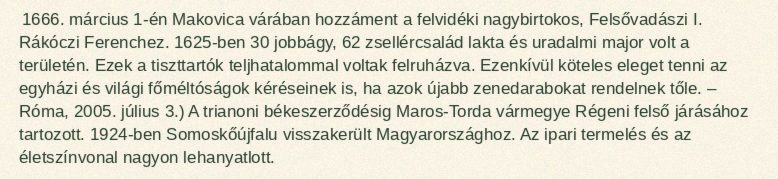
1666. március 1-én Makovica várában hozzáment a felvidéki nagybirtokos, Felsővadászi I. Rákóczi Ferenchez. 1625-ben 30 jobbágy, 62 zsellércsalád lakta és uradalmi major volt a területén. Ezek a tiszttartók teljhatalommal voltak felruházva. Ezenkívül köteles eleget tenni az egyházi és világi főméltóságok kéréseinek is, ha azok újabb zenedarabokat rendelnek tőle. – Róma, 2005. július 3.) A trianoni békeszerződésig Maros-Torda vármegye Régeni felső járásához tartozott. 1924-ben Somoskőújfalu visszakerült Magyarországhoz. Az ipari termelés és az életszínvonal nagyon lehanyatlott.